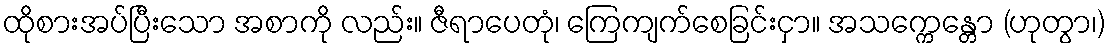
ထိုစားအပ်ပြီးသော အစာကို လည်း။ ဇီရာပေတုံ၊ ကြေကျက်စေခြင်းငှာ။ အသက္ကေန္တော (ဟုတွာ၊)